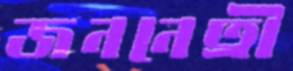
জননেত্রী